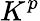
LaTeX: K^{p}